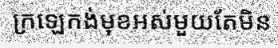
ក្រឡេកង់មុខអស់មួយតែមិន